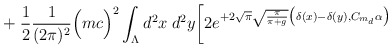
\begin{align*}+ \; \frac{1}{2}\frac{1}{(2\pi)^2}\Big( m c \Big)^2 \int_{\Lambda} d^2x \; d^2y\bigg[2e^{ + 2 \sqrt{\pi} \sqrt{\frac{\pi}{\pi+g}}\big( \delta(x)-\delta(y), C_{m_d} \alpha \big)}\end{align*}